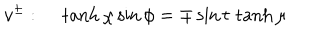
LaTeX: v ^ { \pm } : ~ \tanh \chi \sin \phi = \mp \sin t \, \tanh \mu